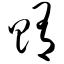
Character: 贿